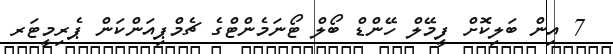
7 އިން ބަލިކޮށް ފީމޭލް ހޭންޑް ބޯލް ޓޯނަމެންޓްގެ ޗެމްޕިއަންކަން ޕެރިމީޓަރ